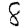
Digit: 8